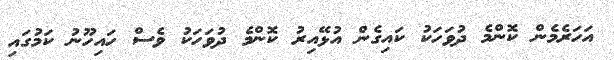
އަހަރެމެން ކޮންމެ ދުވަހަކު ކައިގެން އުޅޭއިރު ކޮންމެ ދުވަހަކު ވެސް ހައިހޫނު ކަމުގައި